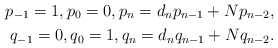
\begin{align*} p_{-1}=1, p_0=0, p_n=d_np_{n-1}+Np_{n-2},\\ q_{-1}=0, q_0=1, q_n=d_nq_{n-1}+Nq_{n-2}.\end{align*}